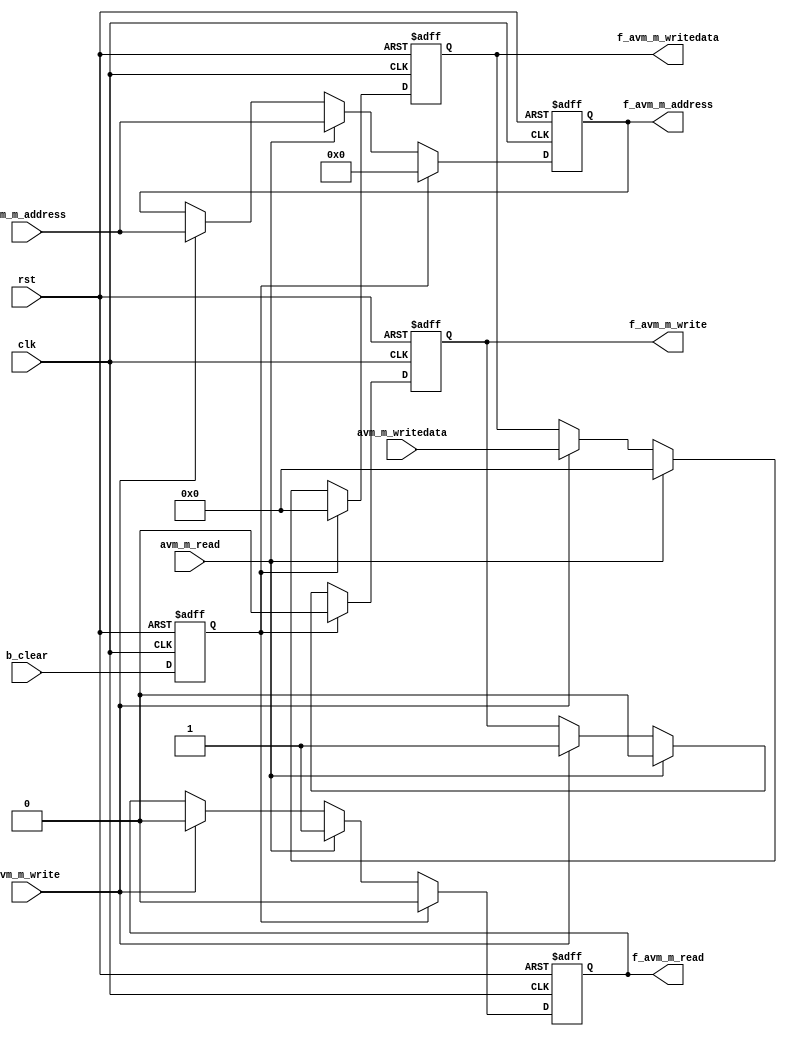
module uart_buffer_avalon(
	input clk,
	input rst,
	
	input avm_m_write,
	input avm_m_read,
	input[15:0] avm_m_address,
	input[31:0] avm_m_writedata,
	
	output reg f_avm_m_write,
	output reg f_avm_m_read,
	output reg[15:0] f_avm_m_address,
	output reg[31:0] f_avm_m_writedata,

	input b_clear
);

reg clear = 0;

always@(posedge clk or posedge rst)begin
	if(rst) clear <= 0;
	else clear <= b_clear;
end

reg n_avm_m_write;
reg n_avm_m_read;
reg[15:0] n_avm_m_address;
reg[31:0] n_avm_m_writedata;

always@(posedge clk or posedge rst)begin
	if(rst) begin
		f_avm_m_write <= 0;
		f_avm_m_read <= 0;
		f_avm_m_address <= 0;
		f_avm_m_writedata <= 0;
		
	end
	else begin
		f_avm_m_write <= n_avm_m_write;
		f_avm_m_read <= n_avm_m_read;
		f_avm_m_address <= n_avm_m_address;
		f_avm_m_writedata <= n_avm_m_writedata;
		
	end
end



always@(*)begin
	n_avm_m_write = f_avm_m_write;
	n_avm_m_read = f_avm_m_read;
	n_avm_m_address = f_avm_m_address;
	n_avm_m_writedata = f_avm_m_writedata;
	
	if(avm_m_write)begin
		n_avm_m_write = 1;
		n_avm_m_read = 0;
		n_avm_m_address = avm_m_address;
		n_avm_m_writedata = avm_m_writedata;
		
	end
	
	if(avm_m_read)begin
		n_avm_m_write = 0;
		n_avm_m_read = 1;
		n_avm_m_address = avm_m_address;
		n_avm_m_writedata = 0;
		
	end

	if(clear)begin
		n_avm_m_write = 0;
		n_avm_m_read = 0;
		n_avm_m_address = 0;
		n_avm_m_writedata = 0;
	end
	
end


endmodule

module uart_uart_avalon_waitrequest(
	input f_avm_m_write,
	input f_avm_m_read,
	input avm_m_write,
	input avm_m_read,
	
	output reg avm_m_waitrequest
);

always@(*)begin
	avm_m_waitrequest = 0;
	
	if(f_avm_m_write || f_avm_m_read || avm_m_write || avm_m_read) avm_m_waitrequest = 1;
end

endmodule

module uart_connector(
	input clk,
	input rst,
	
	// Avalon MM Master
	
	output reg avm_m1_write,
	output reg avm_m1_read,
	
	input avm_m1_waitrequest,
	input avm_m1_readdatavalid,
	
	output reg[15:0] avm_m1_address,
	output reg[31:0] avm_m1_writedata,
	
	input [31:0] avm_m1_readdata,

	// Avalon MM Master
	
	input avm_m2_write,
	input avm_m2_read,
	
	output avm_m2_waitrequest,
	output reg avm_m2_readdatavalid,
	
	input[15:0] avm_m2_address,
	input[31:0] avm_m2_writedata,
	
	output reg[31:0] avm_m2_readdata,	

	// Avalon MM Master
	
	input avm_m3_write,
	input avm_m3_read,
	
	output avm_m3_waitrequest,
	output reg avm_m3_readdatavalid,
	
	input[15:0] avm_m3_address,
	input[31:0] avm_m3_writedata,
	
	output reg[31:0] avm_m3_readdata
	
);

localparam WAITFORONE = 0;
localparam SENDDATAONE = 1;
localparam WAITFORTWO = 2;
localparam SENDDATATWO = 3;


reg b_clear2 = 0;
reg b_clear1 = 0;


wire f_avm_m2_write;
wire f_avm_m2_read;
wire[15:0] f_avm_m2_address;
wire[31:0] f_avm_m2_writedata;

wire f_avm_m3_write;
wire f_avm_m3_read;
wire[15:0] f_avm_m3_address;
wire[31:0] f_avm_m3_writedata;

uart_buffer_avalon b1(.clk(clk),
							 .rst(rst),
	
							 .avm_m_write(avm_m2_write),
							 .avm_m_read(avm_m2_read),
						  	 .avm_m_address(avm_m2_address),
							 .avm_m_writedata(avm_m2_writedata),
							
							
							 .f_avm_m_write(f_avm_m2_write),
							 .f_avm_m_read(f_avm_m2_read),
							 .f_avm_m_address(f_avm_m2_address),
							 .f_avm_m_writedata(f_avm_m2_writedata),

							 .b_clear(b_clear1)
);

uart_buffer_avalon b2(.clk(clk),
							 .rst(rst),
	
							 .avm_m_write(avm_m3_write),
							 .avm_m_read(avm_m3_read),
						  	 .avm_m_address(avm_m3_address),
							 .avm_m_writedata(avm_m3_writedata),
							
							
							 .f_avm_m_write(f_avm_m3_write),
							 .f_avm_m_read(f_avm_m3_read),
							 .f_avm_m_address(f_avm_m3_address),
							 .f_avm_m_writedata(f_avm_m3_writedata),

							 .b_clear(b_clear2)
);


uart_uart_avalon_waitrequest uuaw1(.f_avm_m_write(f_avm_m2_write),
											 .f_avm_m_read(f_avm_m2_read),
											 .avm_m_write(avm_m2_write),
											 .avm_m_read(avm_m2_read),
	
											 .avm_m_waitrequest(avm_m2_waitrequest)
);


uart_uart_avalon_waitrequest uuaw2(.f_avm_m_write(f_avm_m3_write),
											 .f_avm_m_read(f_avm_m3_read),
											 .avm_m_write(avm_m3_write),
											 .avm_m_read(avm_m3_read),
	
											 .avm_m_waitrequest(avm_m3_waitrequest)
);



reg[1:0] f_status;
reg[1:0] n_status;

reg[31:0] f_avm_m2_readdata;
reg[31:0] n_avm_m2_readdata;

reg[31:0] f_avm_m3_readdata;
reg[31:0] n_avm_m3_readdata;

always@(posedge clk or posedge rst)begin
	if(rst) f_avm_m2_readdata <= 0;
	else f_avm_m2_readdata <= n_avm_m2_readdata;
end

always@(posedge clk or posedge rst)begin
	if(rst) f_avm_m3_readdata <= 0;
	else f_avm_m3_readdata <= n_avm_m3_readdata;
end

always@(posedge clk or posedge rst)
	if(rst) f_status <= 0;
	else f_status <= n_status;

always@(*)begin
	n_status = f_status;
	
	case(f_status)
		WAITFORONE:	if(f_avm_m2_write) begin
							if(~avm_m1_waitrequest) n_status = WAITFORTWO;
							else n_status = WAITFORONE;
							
						end
						else if(f_avm_m2_read) begin
							if(avm_m1_readdatavalid) n_status = SENDDATAONE;
							else n_status = WAITFORONE;
							
						end
						else n_status = WAITFORTWO;
		SENDDATAONE: n_status = WAITFORTWO;
		WAITFORTWO: if(f_avm_m3_write) begin
							if(~avm_m1_waitrequest) n_status = WAITFORONE;
							else n_status = WAITFORTWO;
						end
						else if(f_avm_m3_read) begin
							if(avm_m1_readdatavalid) n_status = SENDDATATWO;
							else n_status = WAITFORTWO;
						end
						else n_status = WAITFORONE;
		SENDDATATWO: n_status = WAITFORONE;
		default:;
	endcase
	
end

reg 		 avm_m11_write = 0;
reg 		 avm_m11_read = 0;
reg[15:0] avm_m11_address = 0;
reg[31:0] avm_m11_writedata = 0;

reg 		 avm_m12_write = 0;
reg 		 avm_m12_read = 0;
reg[15:0] avm_m12_address = 0;
reg[31:0] avm_m12_writedata = 0;


always@(*)begin


	avm_m11_write = 0;
	avm_m11_read = 0;
	avm_m11_address = 0;
	avm_m11_writedata = 0;
	
	avm_m2_readdatavalid = 0;
	avm_m2_readdata = 0;
	
	n_avm_m2_readdata = f_avm_m2_readdata;
	
	b_clear1 = 0;

	case(f_status)
		WAITFORONE: begin
			if(f_avm_m2_write) begin
			
				avm_m11_write = 1;
				avm_m11_read = 0;
				avm_m11_address = f_avm_m2_address;
				avm_m11_writedata = f_avm_m2_writedata;
				
				if(~avm_m1_waitrequest) begin;
					b_clear1 = 1;
					n_avm_m2_readdata = 0;
				end
			
			end else if(f_avm_m2_read) begin
				
				avm_m11_write = 0;
				avm_m11_read = 1;
				avm_m11_address = f_avm_m2_address;
				avm_m11_writedata = 0;
				
				if(avm_m1_readdatavalid) begin
					b_clear1 = 1;
					n_avm_m2_readdata = avm_m1_readdata;
				end
				
			end
			 
		end
		SENDDATAONE: begin
			avm_m2_readdatavalid = 1;
			avm_m2_readdata = f_avm_m2_readdata;
		end
		
		default:;
	endcase

	
end


always@(*)begin
	
	avm_m12_write = 0;
	avm_m12_read = 0;
	avm_m12_address = 0;
	avm_m12_writedata = 0;
	
	avm_m3_readdatavalid = 0;
	avm_m3_readdata = 0;
	
	n_avm_m3_readdata = f_avm_m3_readdata;

	b_clear2 = 0;
	
	case(f_status)
		WAITFORTWO: begin
			if(f_avm_m3_write) begin

				avm_m12_write = 1;
				avm_m12_read = 0;
				avm_m12_address = f_avm_m3_address;
				avm_m12_writedata = f_avm_m3_writedata;
				
				if(~avm_m1_waitrequest) begin
					b_clear2 = 1;
					n_avm_m3_readdata = 0;
				end
			
			end else if(f_avm_m3_read) begin
				
				avm_m12_write = 0;
				avm_m12_read = 1;
				avm_m12_address = f_avm_m3_address;
				avm_m12_writedata = 0;
				
				if(avm_m1_readdatavalid) begin
					b_clear2 = 1;
					n_avm_m3_readdata = avm_m1_readdata;
				end
			
			end
			 
		end 
		SENDDATATWO: begin
			avm_m3_readdatavalid = 1;
			avm_m3_readdata = f_avm_m3_readdata;
		end
		default:;
	endcase
	
end

always@(*)begin
	avm_m1_write <= avm_m11_write | avm_m12_write;
	avm_m1_read <= avm_m11_read | avm_m12_read;
	avm_m1_address <= avm_m11_address | avm_m12_address;
	avm_m1_writedata <= avm_m11_writedata | avm_m12_writedata;
end


endmodule